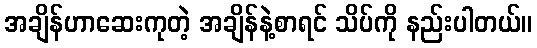
အချိန်ဟာဆေးကုတဲ့ အချိန်နဲ့စာရင် သိပ်ကို နည်းပါတယ်။